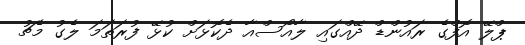
ޕްލޭ އޮފްގެ ރައުންޑް ދޭއްގައި ލާއޯސްއާ ދެކޮޅަށް ކުޅޭ ފުރަތަމަ ލެގު މެޗު